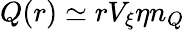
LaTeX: Q(r)\simeq rV_{\xi}\eta n_{Q}